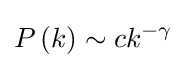
P\left(k\right)\sim ck^{-\gamma }